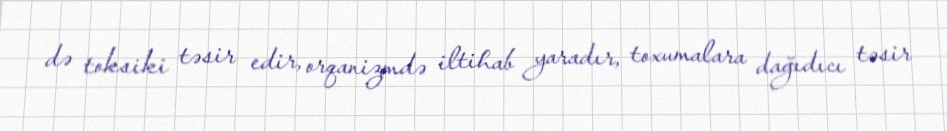
də toksiki təsir edir, orqanizmdə iltihab yaradır, toxumalara dağıdıcı təsir